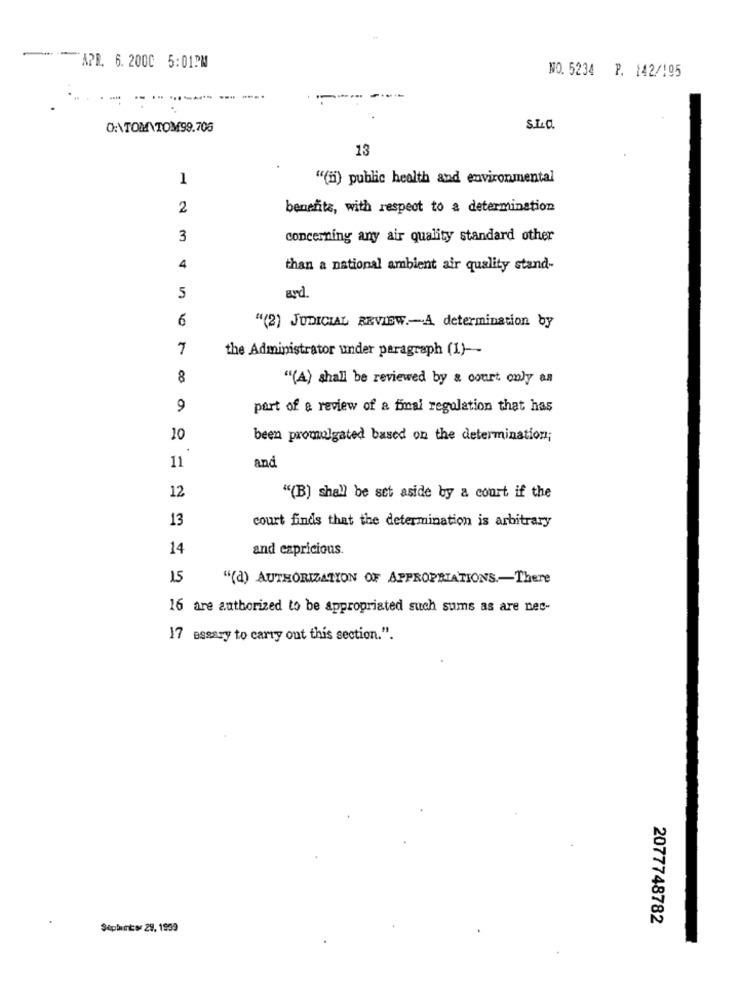
APR. 6. 200C 5:01PM
NO.5234 P. 142/195
-- --.
0:\TOM TOM99.706
13
1
"(n) public health and environmental
2
benefits, with respect to a determination
3
concerning any air quality standard other
4
than a national ambient air quality stand-
5
and
6
"(2) JUDICIAL REVIEW .- A determination by
the Administrator under paragraph (1) --
8
"(A) shall be reviewed by & court only as
9
part of a review of a final regulation that has
10
been promulgated based on the determination;
11
and.
12
"(B) shall be set aside by a court if the
13
court finds that the determination is arbitrary
14
and capricious.
15
"(d) AUTHORIZATION OF APPROPRIATIONS .- There
16 are authorized to be appropriated such sums as are nec-
17 essary to carry out this section.".
2077748782
Sephartor 29, 1939